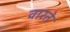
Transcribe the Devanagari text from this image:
वारते